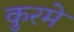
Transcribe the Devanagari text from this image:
कुरमे